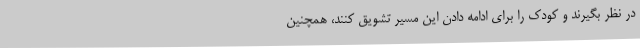
در نظر بگیرند و کودک را برای ادامه دادن این مسیر تشویق کنند، همچنین